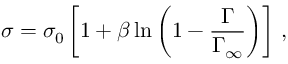
\sigma = \sigma _ { 0 } \left[ 1 + \beta \ln \left( 1 - \frac { \Gamma } { \Gamma _ { \infty } } \right) \right] \, ,